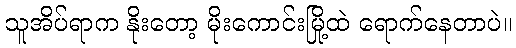
သူအိပ်ရာက နိုးတော့ မိုးကောင်းမြို့ထဲ ရောက်နေတာပဲ။